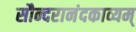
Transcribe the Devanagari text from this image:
सौन्दरानंदकाव्यम्